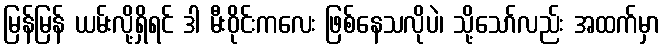
မြန်မြန် ယမ်းလို့ရှိရင် ဒါ မီးဝိုင်းကလေး ဖြစ်နေသလိုပဲ၊ သို့သော်လည်း အထက်မှာ